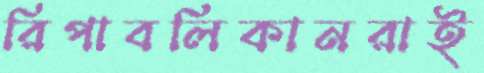
রিপাবলিকানরাই